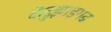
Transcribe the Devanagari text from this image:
केंदुझाड़गढ